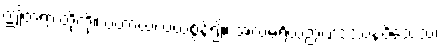
ဤတရားတို့ကို။ ပဟာယ၊ ပယ်စွန့်၍။ အလမရိယဉာဏဒဿနဝိသေသံ၊